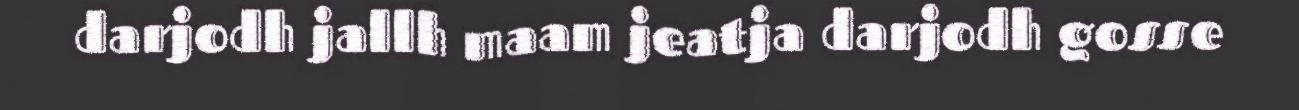
darjodh jallh maam jeatja darjodh gosse